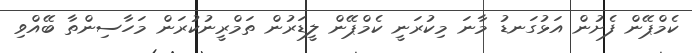
ކެމްޕޭން ފެށުން އަޅުގަނޑު މާނަ މިކުރަނީ ކެމްޕޭން ލީޑަރުން ތަމްރީނުކުރަން މަހާސިންތާ ބޭއްވި